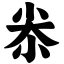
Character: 尜